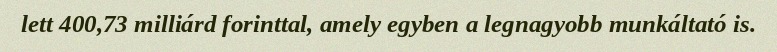
lett 400,73 milliárd forinttal, amely egyben a legnagyobb munkáltató is.